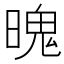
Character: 𣉨